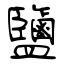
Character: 鹽